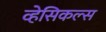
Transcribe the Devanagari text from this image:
व्हेसिकल्स